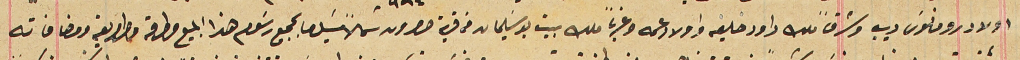
اولاد رومانوسَ ديب وشرقاً ملك داود خليفه واولاد عمه وغرباً ملك بيت بوسَليمان من قرية حصرون شمالاً يسَد ما بجميع رسَوم هذا المبيع وطرقه وطرايقه ومضافاته